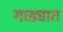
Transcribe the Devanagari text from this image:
गाड्यात